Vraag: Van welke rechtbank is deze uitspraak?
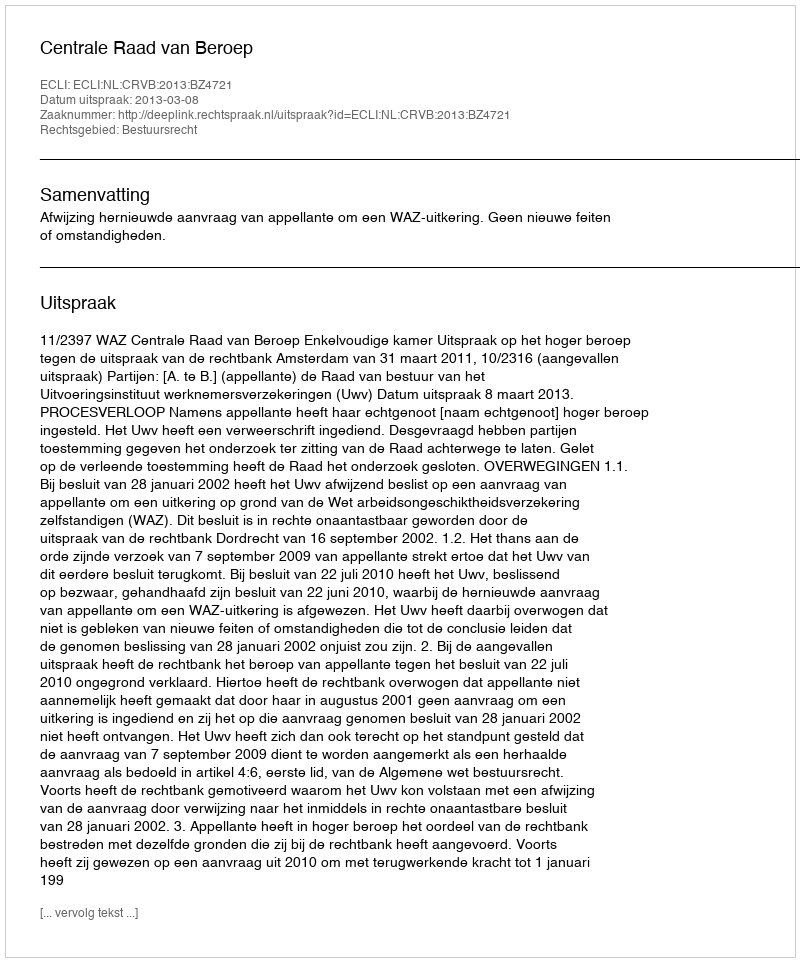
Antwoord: Centrale Raad van Beroep